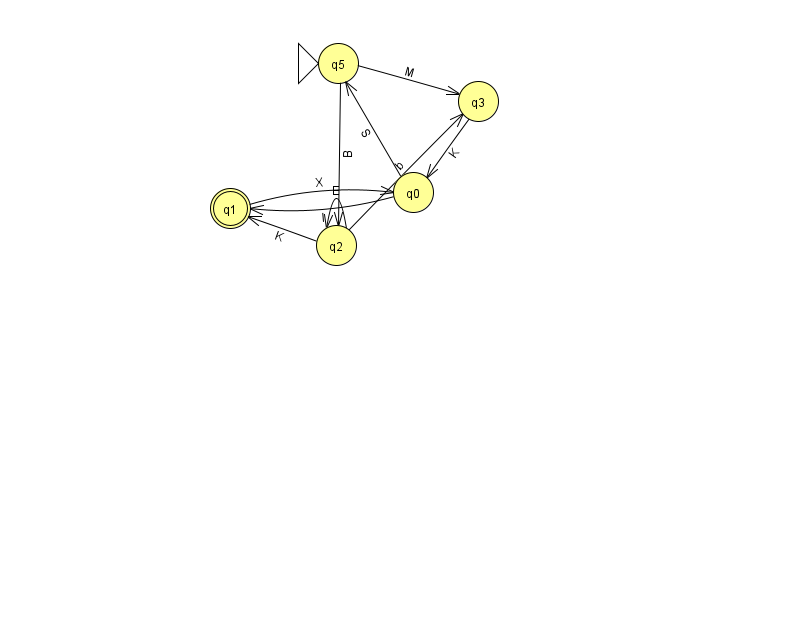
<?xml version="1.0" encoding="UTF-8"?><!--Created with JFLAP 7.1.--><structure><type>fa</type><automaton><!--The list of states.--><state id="0" name="q0"><x>413.0</x><y>179.0</y></state><state id="1" name="q1"><x>230.0</x><y>195.0</y><final/></state><state id="2" name="q2"><x>336.0</x><y>232.0</y></state><state id="3" name="q3"><x>478.0</x><y>88.0</y></state><state id="5" name="q5"><x>338.0</x><y>50.0</y><initial/></state><!--The list of transitions.--><transition><from>5</from><to>3</to><read>M</read></transition><transition><from>0</from><to>5</to><read>S</read></transition><transition><from>1</from><to>0</to><read>X</read></transition><transition><from>2</from><to>2</to><read>E</read></transition><transition><from>5</from><to>2</to><read>B</read></transition><transition><from>2</from><to>1</to><read>K</read></transition><transition><from>0</from><to>1</to><read>l</read></transition><transition><from>3</from><to>0</to><read>K</read></transition><transition><from>2</from><to>3</to><read>b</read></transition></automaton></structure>